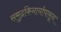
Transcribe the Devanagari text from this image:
समुद्रकिनार्यापासून